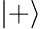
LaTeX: \left|+\right>